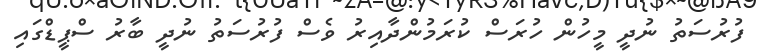
ފުރުސަތު ނުދީ މީހުން ހުރަސް ކުރަމުންދާއިރު ވެސް ފުރުސަތު ނުދީ ބާރު ސްޕީޑްގައި